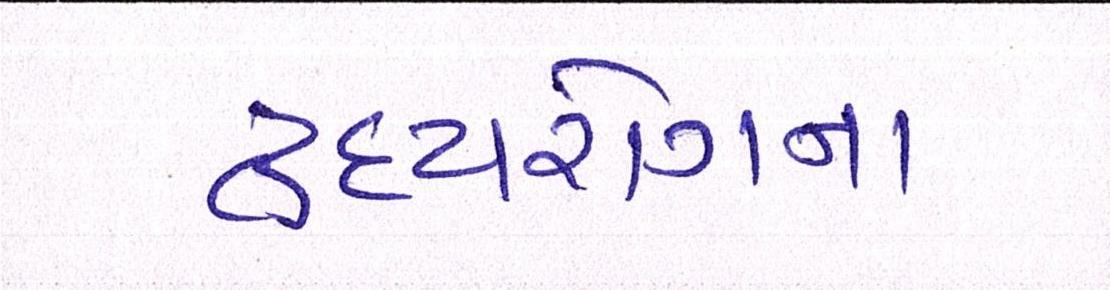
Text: હૃદયરોગના